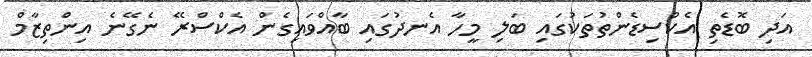
އަދި ބޮޑެތި އެކްސިޑެންތުތަކުގައި ބަލި މީހާ އެނދުގައި ބާއްވައިގެން އެކްސްރޭ ނެގޭނެ އިންތިޒާމް